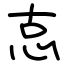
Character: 怘